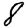
Digit: 8